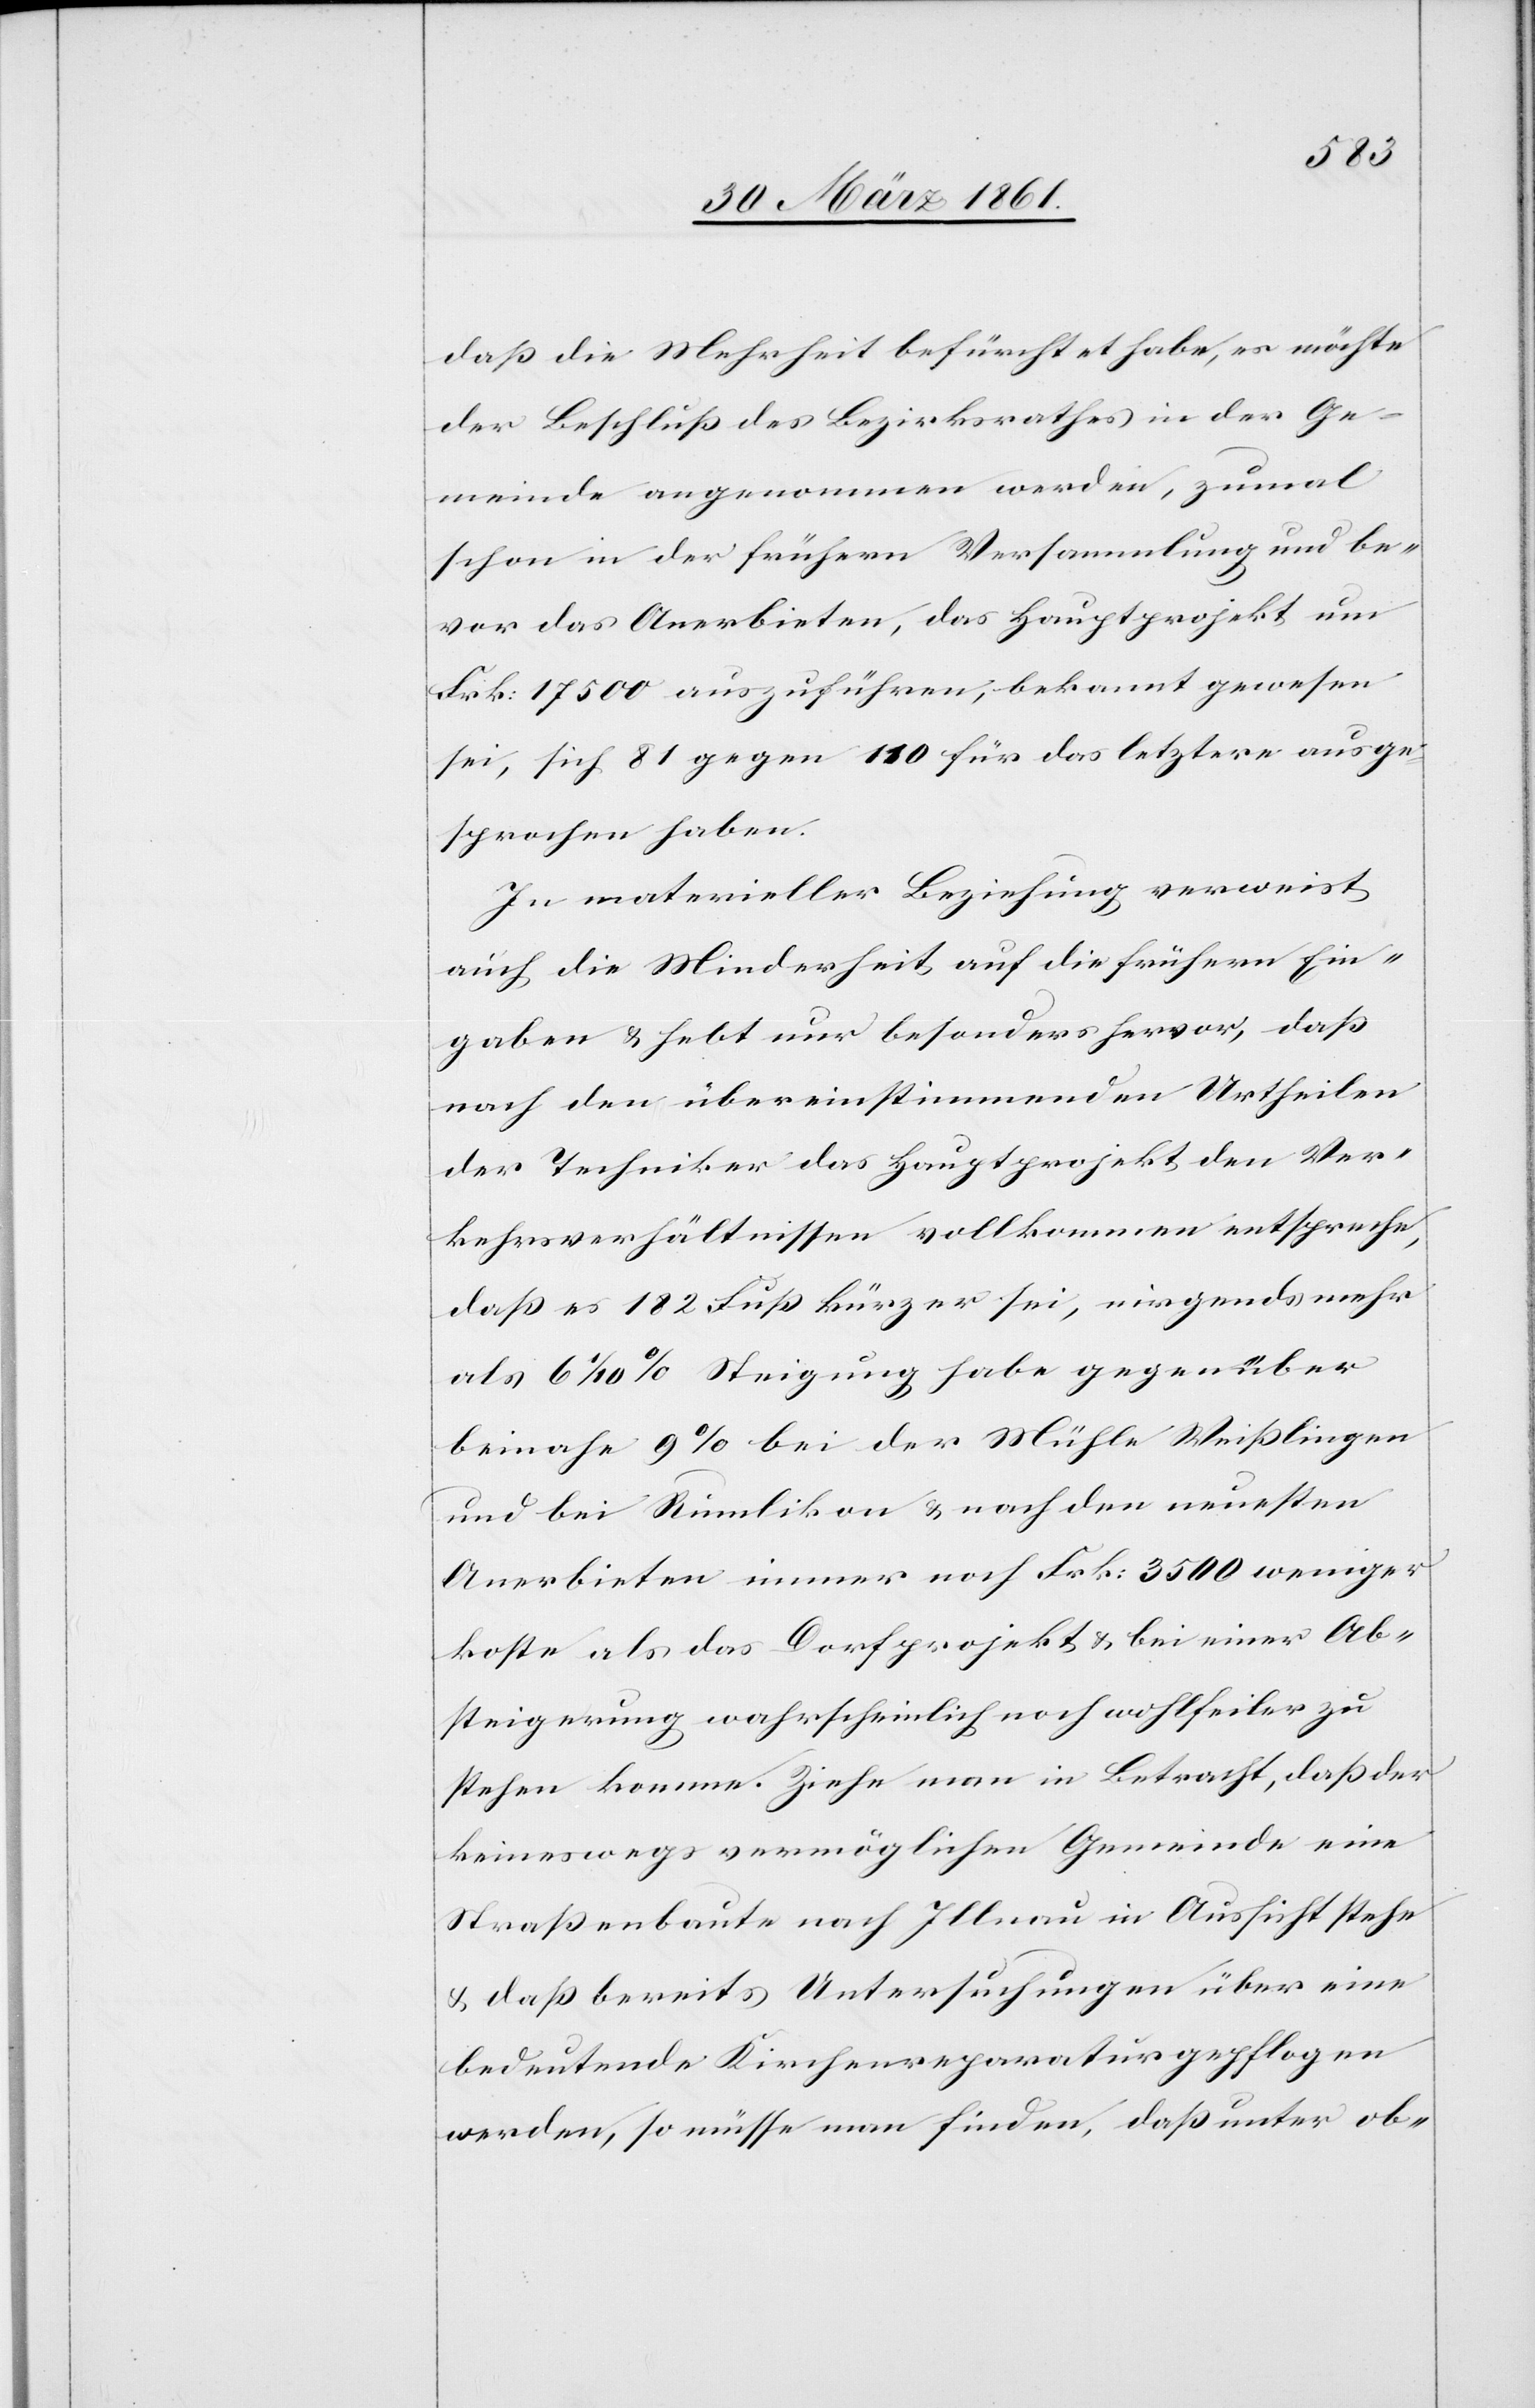
daß die Mehrheit befürchtet habe, es möchte
der Beschluß des Bezirksrathes in der Ge¬
meinde angenommen werden, zumal
schon in der frühern Versammlung und be¬
vor das Anerbieten, das Hauptprojekt um
Frk. 17 500 auszuführen, bekannt gewesen
sei, sich 81 gegen 110 für das letztere ausge¬
sprochen haben.
In materieller Beziehung verweist
auch die Minderheit auf die frühern Ein¬
gaben u. hebt nur besonders hervor, daß
nach den übereinstimmenden Urtheilen
der Techniker das Hauptprojekt den Ver¬
kehrsverhältnisse vollkommen entspreche,
daß es 182 Fuß kürzer sei, nirgends mehr
als 6 1/10% Steigung habe gegenüber
beinahe 9% bei der Mühle Weißlingen
und bei Rümlikon u. nach den neuesten
Anerbieten immer noch Frk: 3500 weniger
koste als das Dorfprojekt u. bei einer Ab¬
steigerung wahrscheinlich noch wohlfeiler zu
stehen komme. Ziehe man in Betracht, daß der
keineswegs vermöglichen Gemeinde eine
Straßenbaute nach Illnau in Aussicht stehe
u. daß bereits Untersuchungen über eine
bedeutende Kirchenreparatur gepflogen
werden, so müsse man finden, daß unter ob-